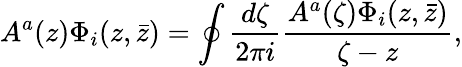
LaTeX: A^{a}(z)\Phi_{i}(z,\bar{z})=\oint{\frac{d\zeta}{2\pi i}}{\frac{A^{a}(\zeta)\Phi_{i}(z,\bar{z})}{\zeta-z}},